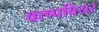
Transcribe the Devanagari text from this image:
वाष्पबियर